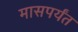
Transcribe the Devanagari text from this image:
मासपर्यंत